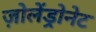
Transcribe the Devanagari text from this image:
ज़ोलेंड्रोनेट